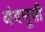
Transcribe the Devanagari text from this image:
अंदलूसी